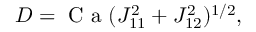
D = \mathrm { ~ C ~ a ~ } ( J _ { 1 1 } ^ { 2 } + J _ { 1 2 } ^ { 2 } ) ^ { 1 / 2 } ,